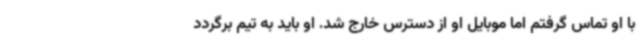
با او تماس گرفتم اما موبایل او از دسترس خارج شد. او باید به تیم برگردد